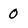
Character: 0